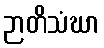
ဉာတိသံဃာ